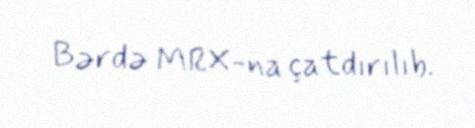
Bərdə MRX-na çatdırılıb.